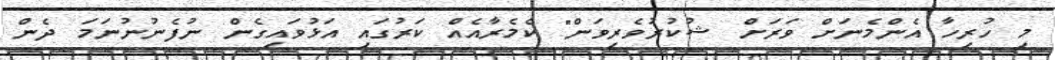
މި ހުރިހާ އެންމެނަށް ވަރަށް ޝުކުރުވެރިވަން" ކެމެރާއެއް ކަރުގައި އަޅުވައިގެން ނުފެނުނުނަމަ ދެން